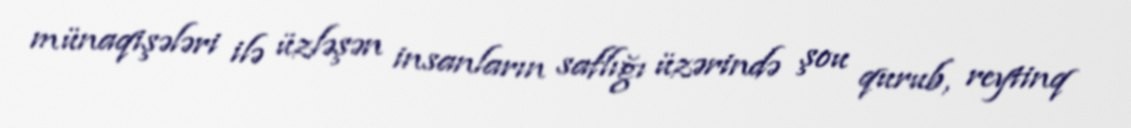
münaqişələri ilə üzləşən insanların saflığı üzərində şou qurub, reytinq